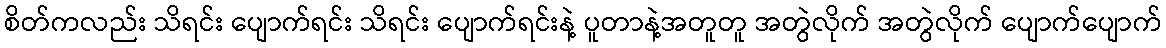
စိတ်ကလည်း သိရင်း ပျောက်ရင်း သိရင်း ပျောက်ရင်းနဲ့ ပူတာနဲ့အတူတူ အတွဲလိုက် အတွဲလိုက် ပျောက်ပျောက်